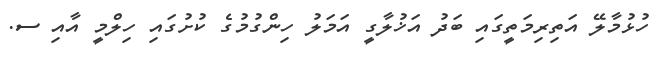
ހުޅުމާލޭ އަތިރިމަތީގައި ބަދު އަޚުލާގީ އަމަލު ހިންގުމުގެ ކުށުގައި ހިލްމީ އާއި ސ.